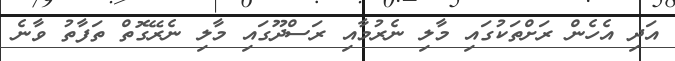
އަދި އެހެން ރަށްތަކުގައި މާލި ނެރުމާއި ރަސްދޫގައި މާލި ނެރޭގޮތް ތަފާތު ވާނެ